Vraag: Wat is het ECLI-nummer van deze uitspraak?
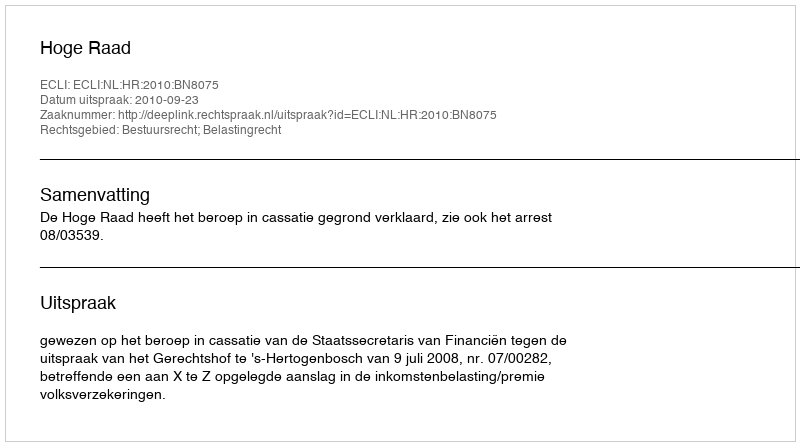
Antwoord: ECLI:NL:HR:2010:BN8075